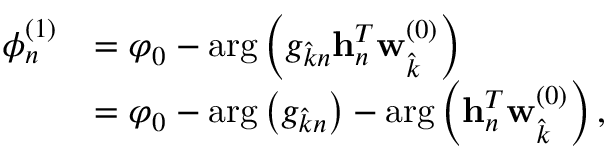
\begin{array} { r l } { \phi _ { n } ^ { ( 1 ) } } & { = \varphi _ { 0 } - \arg \left( g _ { \hat { k } n } \mathbf { h } _ { n } ^ { T } \mathbf { w } _ { \hat { k } } ^ { ( 0 ) } \right) } \\ & { = \varphi _ { 0 } - \arg \left( g _ { \hat { k } n } \right) - \arg \left( \mathbf { h } _ { n } ^ { T } \mathbf { w } _ { \hat { k } } ^ { ( 0 ) } \right) , } \end{array}